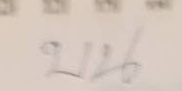
บน